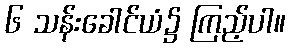
၆ သန်းခေါင်ယံ၌ ကြည့်ပါ။